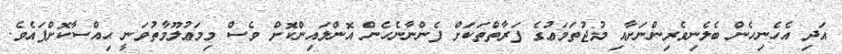
އަދި އެހެނިހެން ބެލެނިވެރިންނަށާއި މުޖުތަމަޢުގެ ފަރާތްތަކަށް ފެންނާނެހެން އޮންލައިންކޮށް ވެސް މިމަޢުލޫމާތުވަނީ ޙިއްސާކޮށްފައެވެ.